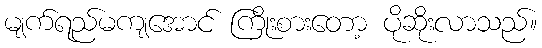
မျက်ရည်မကျအောင် ကြိုးစားတော့ ပိုဆိုးလာသည်။